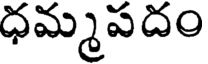
ధమ్మపదం